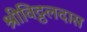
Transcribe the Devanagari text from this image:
श्रीविट्ठलदास